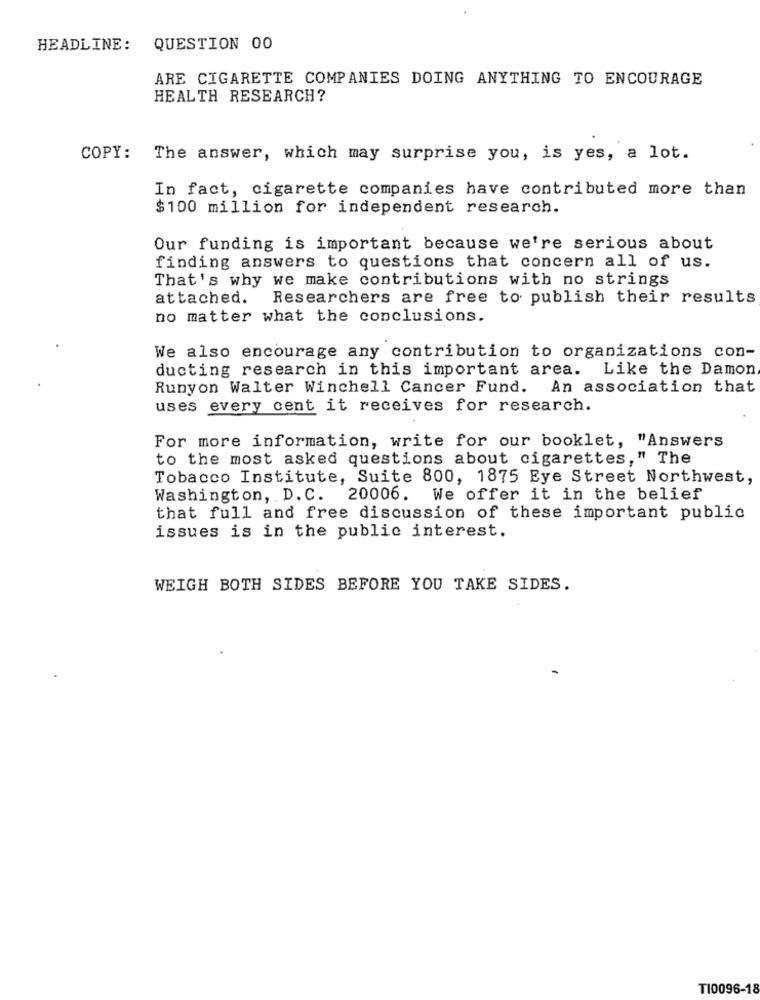
HEADLINE:
QUESTION 00
ARE CIGARETTE COMPANIES DOING ANYTHING TO ENCOURAGE
HEALTH RESEARCH?
COPY: The answer, which may surprise you, is yes, a lot.
In fact, cigarette companies have contributed more than
$100 million for independent research.
Our funding is important because we're serious about
finding answers to questions that concern all of us.
That's why we make contributions with no strings
attached. Researchers are free to publish their results
no matter what the conclusions.
We also encourage any contribution to organizations con-
ducting research in this important area. Like the Damon
Runyon Walter Winchell Cancer Fund. An association that
uses every cent it receives for research.
For more information, write for our booklet, "Answers
to the most asked questions about cigarettes," The
Tobacco Institute, Suite 800, 1875 Eye Street Northwest,
Washington, D.C. 20006. We offer it in the belief
that full and free discussion of these important public
issues is in the public interest.
WEIGH BOTH SIDES BEFORE YOU TAKE SIDES.
T10096-18